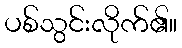
ပစ်သွင်းလိုက်၏။